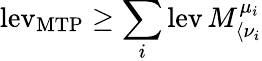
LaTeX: \operatorname{lev}_{\mathrm{MTP}}\ge\sum_{i}\operatorname{lev}M_{\langle\nu_{i}}^{\mu_{i}}